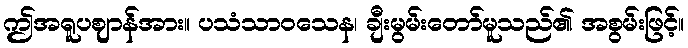
ဤအရူပဈာန်အား။ ပသံသာဝသေန၊ ချီးမွမ်းတော်မူသည်၏ အစွမ်းဖြင့်။